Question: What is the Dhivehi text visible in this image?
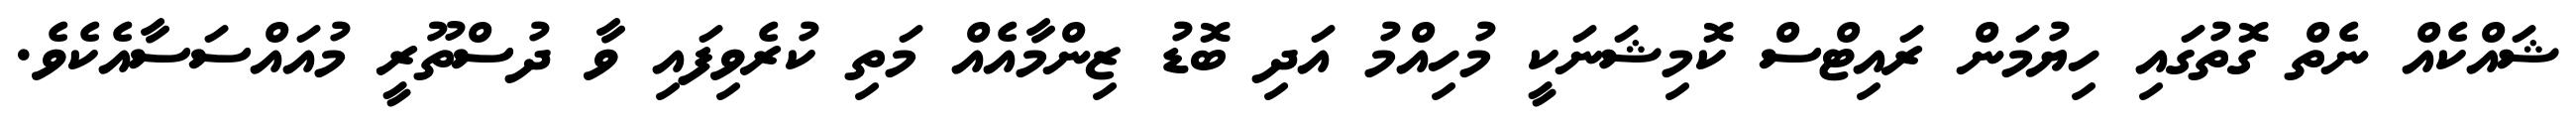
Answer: ޝައްކެއް ނެތް ގޮތުގައި ހިޔުމަން ރައިޓްސް ކޮމިޝަނަކީ މުހިއްމު އަދި ބޮޑު ޒިންމާއެއް މަތި ކުރެވިފައި ވާ ދުސްތޫރީ މުއައްސަސާއެކެވެ.